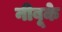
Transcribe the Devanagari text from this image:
नीबूके